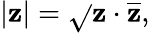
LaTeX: |\mathbf{z}|={\sqrt{}{{\mathbf{z}\cdot{\overline{{{\mathbf{z}}}}}}}},